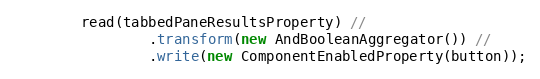
Language: Java
        read(tabbedPaneResultsProperty) //
                .transform(new AndBooleanAggregator()) //
                .write(new ComponentEnabledProperty(button));